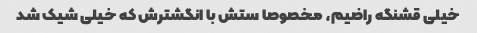
خیلی قشنگه راضیم، مخصوصا ستش با انگشترش که خیلی شیک شد